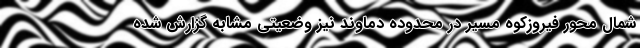
شمال محور فیروزکوه مسیر در محدوده دماوند نیز وضعیتی مشابه گزارش شده